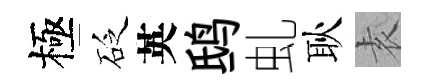
極砭英鸱虬耿𡊮